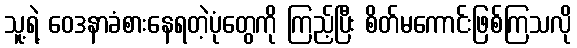
သူ့ရဲ့ ဝေဒနာခံစားနေရတဲ့ပုံတွေကို ကြည့်ပြီး စိတ်မကောင်းဖြစ်ကြသလို